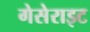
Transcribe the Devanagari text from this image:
गेसेराइट